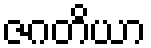
ဇဂတိယာ